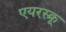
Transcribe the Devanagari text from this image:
एयरस्क्रू